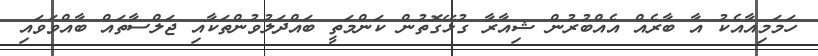
ހަމަމިއާއެކު އާ ބާރެއް އެއްބުރުން ޝިއާރާ ގުޅޭގޮތުން ކަންމަތީ ބައްދަލުވުންތަކާއި ޖަލްސާތައް ބާއްވަވައި